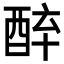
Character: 𨠪